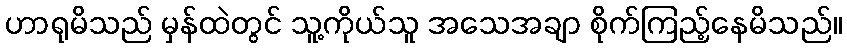
ဟာရုမိသည် မှန်ထဲတွင် သူ့ကိုယ်သူ အသေအချာ စိုက်ကြည့်နေမိသည်။